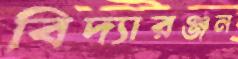
বিদ্যারঞ্জন